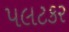
પલટકર